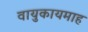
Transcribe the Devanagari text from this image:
वायुकायमाह